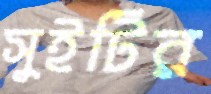
সুইটির